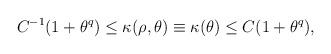
LaTeX: \begin{align*} C^{-1}(1+\theta^q)\leq \kappa(\rho,\theta)\equiv\kappa(\theta)\leq C (1+\theta^q),\end{align*}